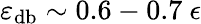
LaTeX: \varepsilon_{\mathrm{db}}\sim 0.6-0.7~\epsilon